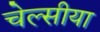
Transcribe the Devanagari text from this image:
चेल्सीया